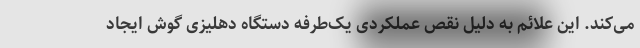
می‌کند. این علائم به دلیل نقص عملکردی یک‌طرفه دستگاه دهلیزی گوش ایجاد